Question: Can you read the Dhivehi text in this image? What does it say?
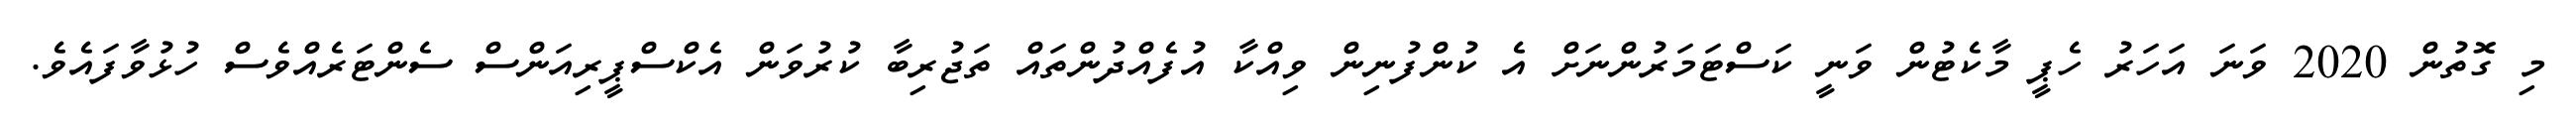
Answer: މި ގޮތުން 2020 ވަނަ އަހަރު ހެޕީ މާކެޓުން ވަނީ ކަސްޓަމަރުންނަށް އެ ކުންފުނިން ވިއްކާ އުފެއްދުންތައް ތަޖުރިބާ ކުރުވަން އެކްސްޕީރިއަންސް ސެންޓަރެއްވެސް ހުޅުވާފައެވެ.